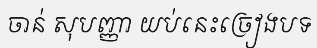
ចាន់ សុបញ្ញា យប់នេះច្រៀងបទ